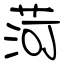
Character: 菏